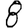
Digit: 8